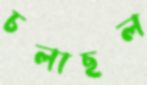
চলাছল